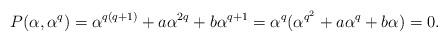
LaTeX: \begin{align*}P(\alpha, \alpha^q)=\alpha^{q(q+1)}+a\alpha^{2q}+b\alpha^{q+1}=\alpha^q(\alpha^{q^2}+a\alpha^{q}+b\alpha)=0.\end{align*}